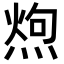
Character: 𪹐